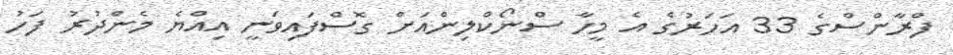
ފްރާންސްގެ 33 އަހަރުގެ އެ މީހާ ސްނޯކްލިންއަށް ގޮސްފައިވަނީ އިއްޔެ މެންދުރު ފަހު